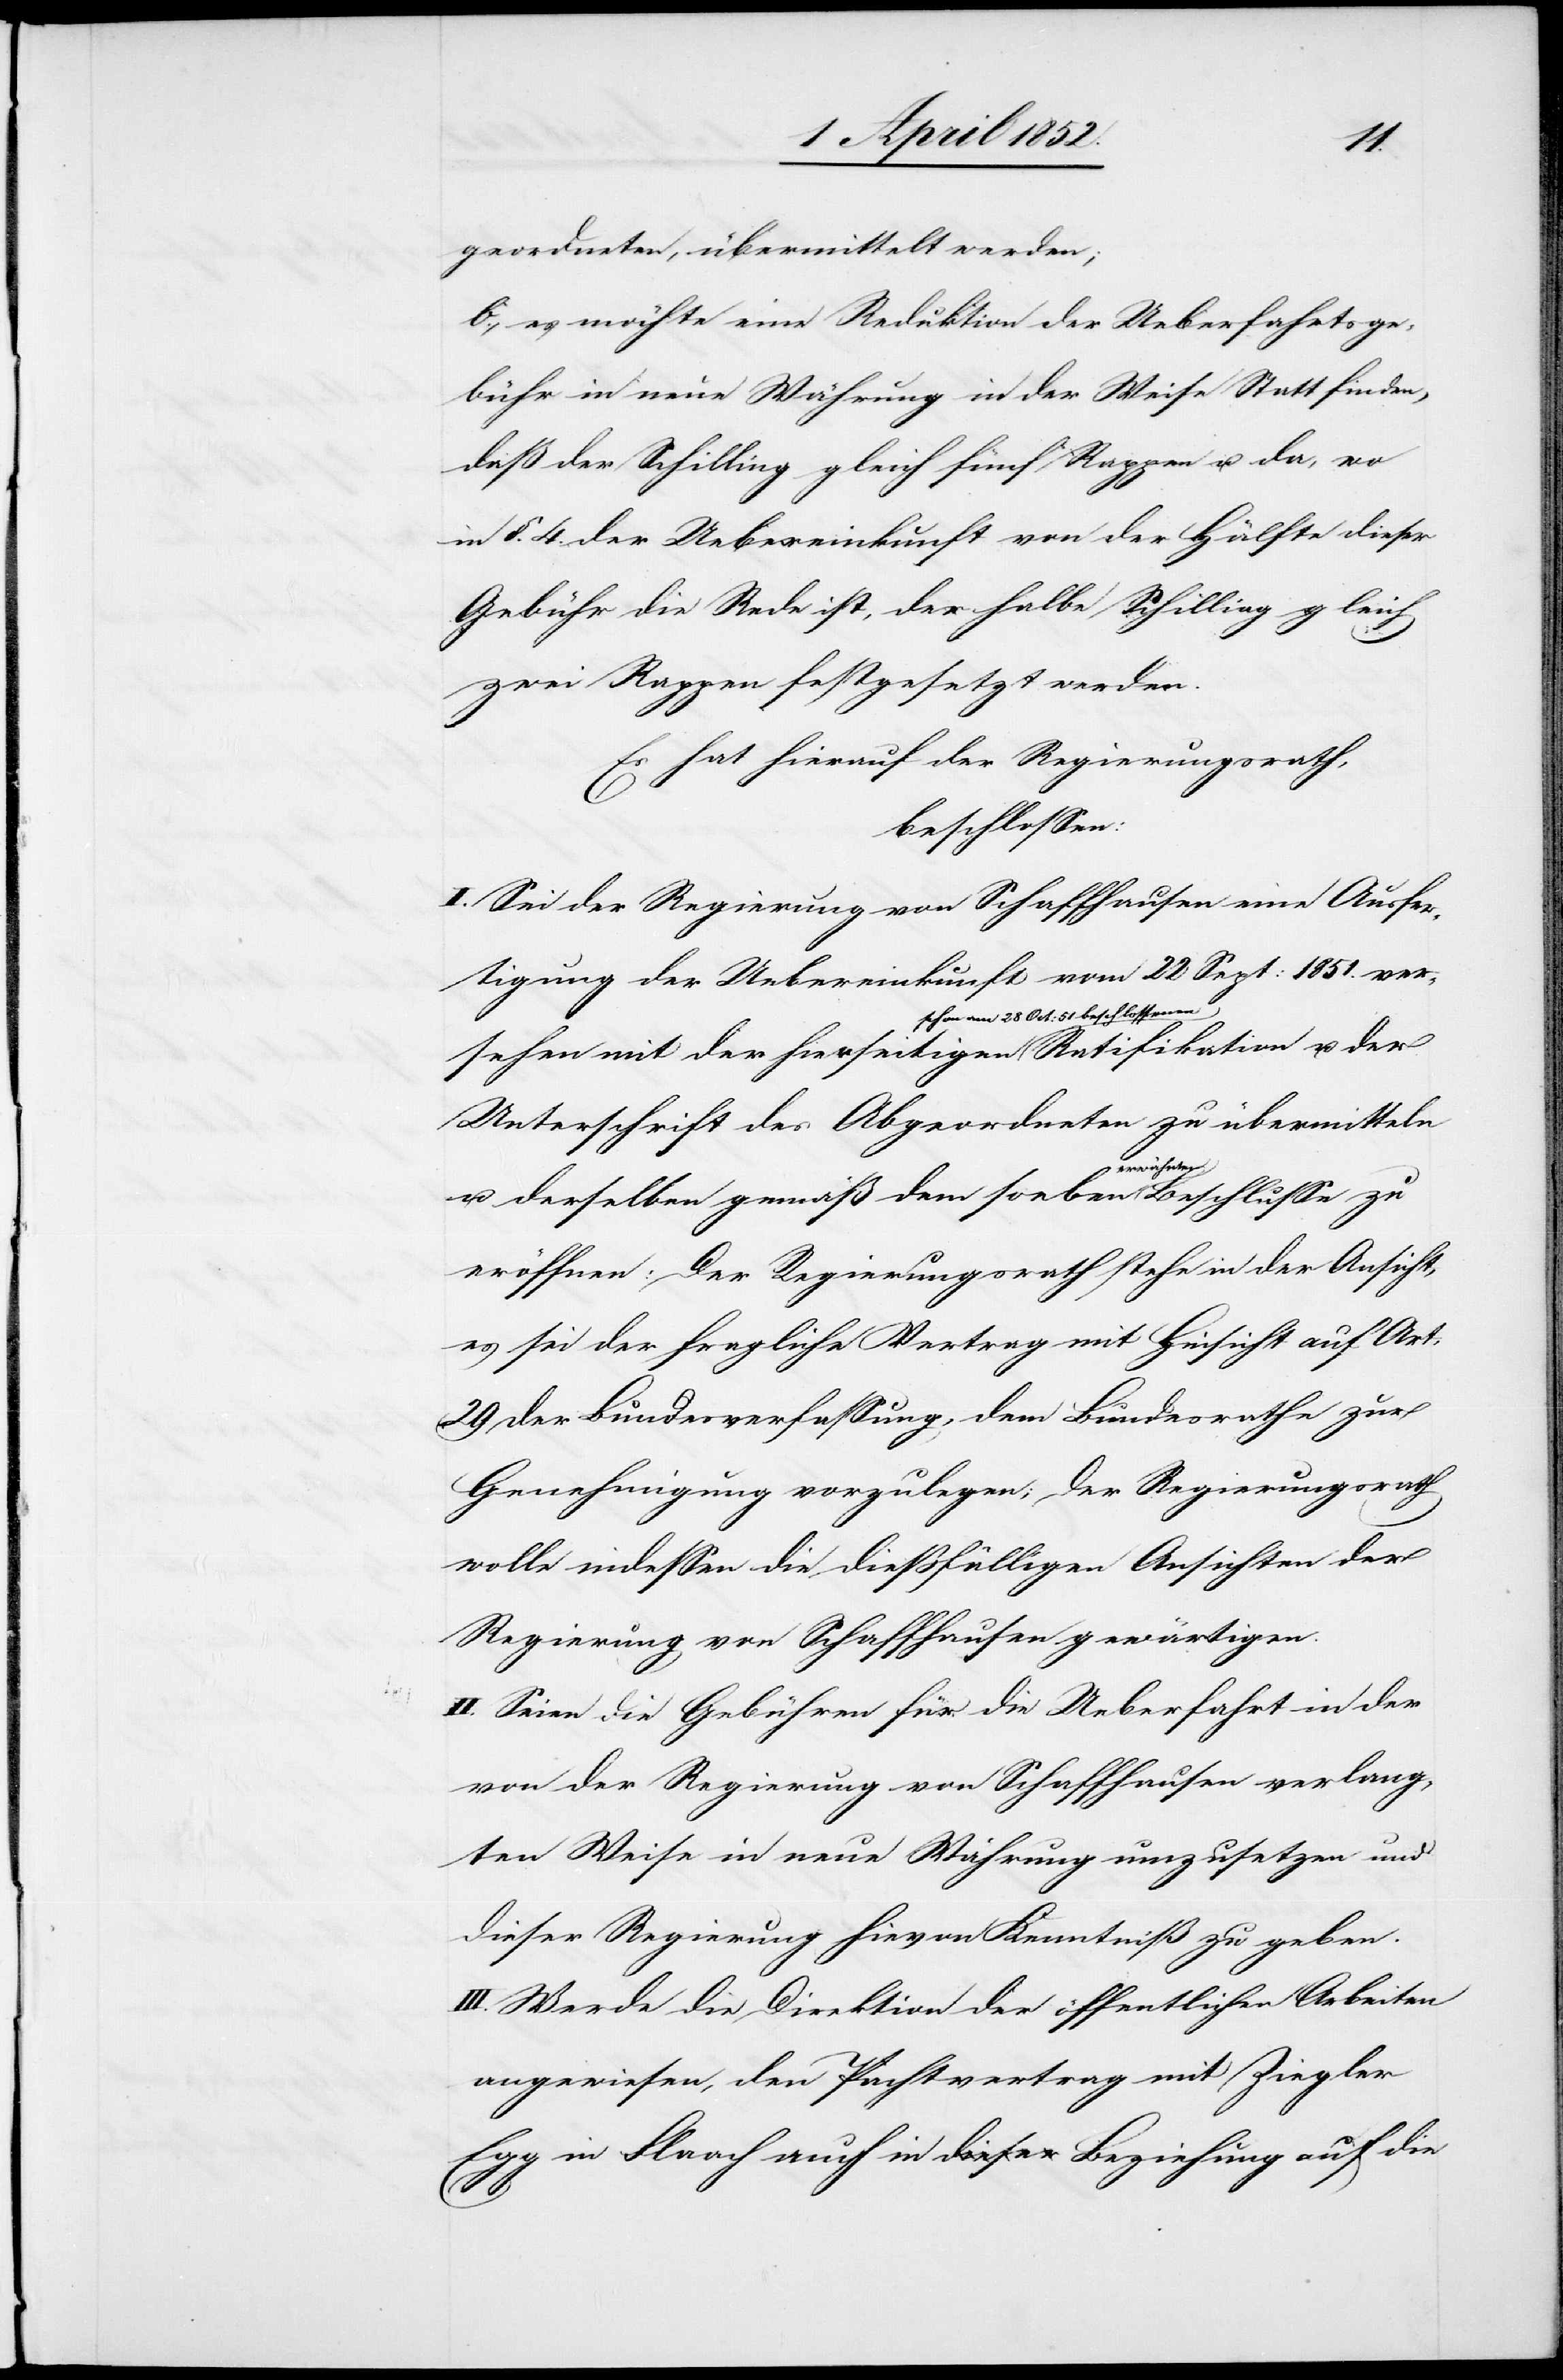
geordneten, übermittelt werden;
b., es möchte eine Reduktion der Ueberfahrtsge¬
bühr in neue Währung in der Weise Statt finden,
daß der Schilling gleich fünf Rappen u. da, wo
in §. 4. der Uebereinkunft von der Hälfte dieser
Gebühr die Rede ist, der halbe Schilling gleich
zwei Rappen festgesetzt werden.
Es hat hierauf der Regierungsrath,
beschlossenen
I. Sei der Regierung von Schaffhausen eine Ausfer¬
tigung der Uebereinkunft vom 22 Sept: 1851. ver¬
sehen mit der hierseitigen schon am 28
Unterschrift des Abgeordneten zu übermitteln
u. der
u. derselben gemäß dem soeben erwähnten Beschlusse zu
eröffnen: Der Regierungsrath stehe in der Ansicht,
es sei der fragliche Vertrag mit Hinsicht auf Art:
29 der Bundesverfassung, dem Bundesrathe zur
Genehmigung vorzulegen; der Regierungsrath
wolle indessen die dießfälligen Ansichten der
Regierung von Schaffhausen gewärtigen.
II. Seien die Gebühren für die Ueberfahrt in der
von der Regierung von Schaffhausen verlang¬
ten Weise in neue Währung umzusetzen und
dieser Regierung hievon Kenntniß zu geben.
III. Werde die Direktion der öffentlichen Arbeiten
angewiesen, den Pachtvertrag mit Ziegler
Egg in Flaach auch in Beziehung auf die